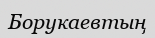
Борукаевтың